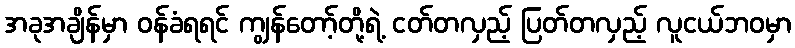
အခုအချိန်မှာ ဝန်ခံရရင် ကျွန်တော့်တို့ရဲ့ ငတ်တလှည့် ပြတ်တလှည့် လူငယ်ဘဝမှာ